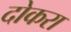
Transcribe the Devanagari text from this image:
दोकरा